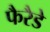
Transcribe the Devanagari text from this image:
फैरैडे